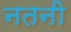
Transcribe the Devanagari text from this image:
नतनी